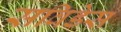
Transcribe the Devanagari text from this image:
सविडेस